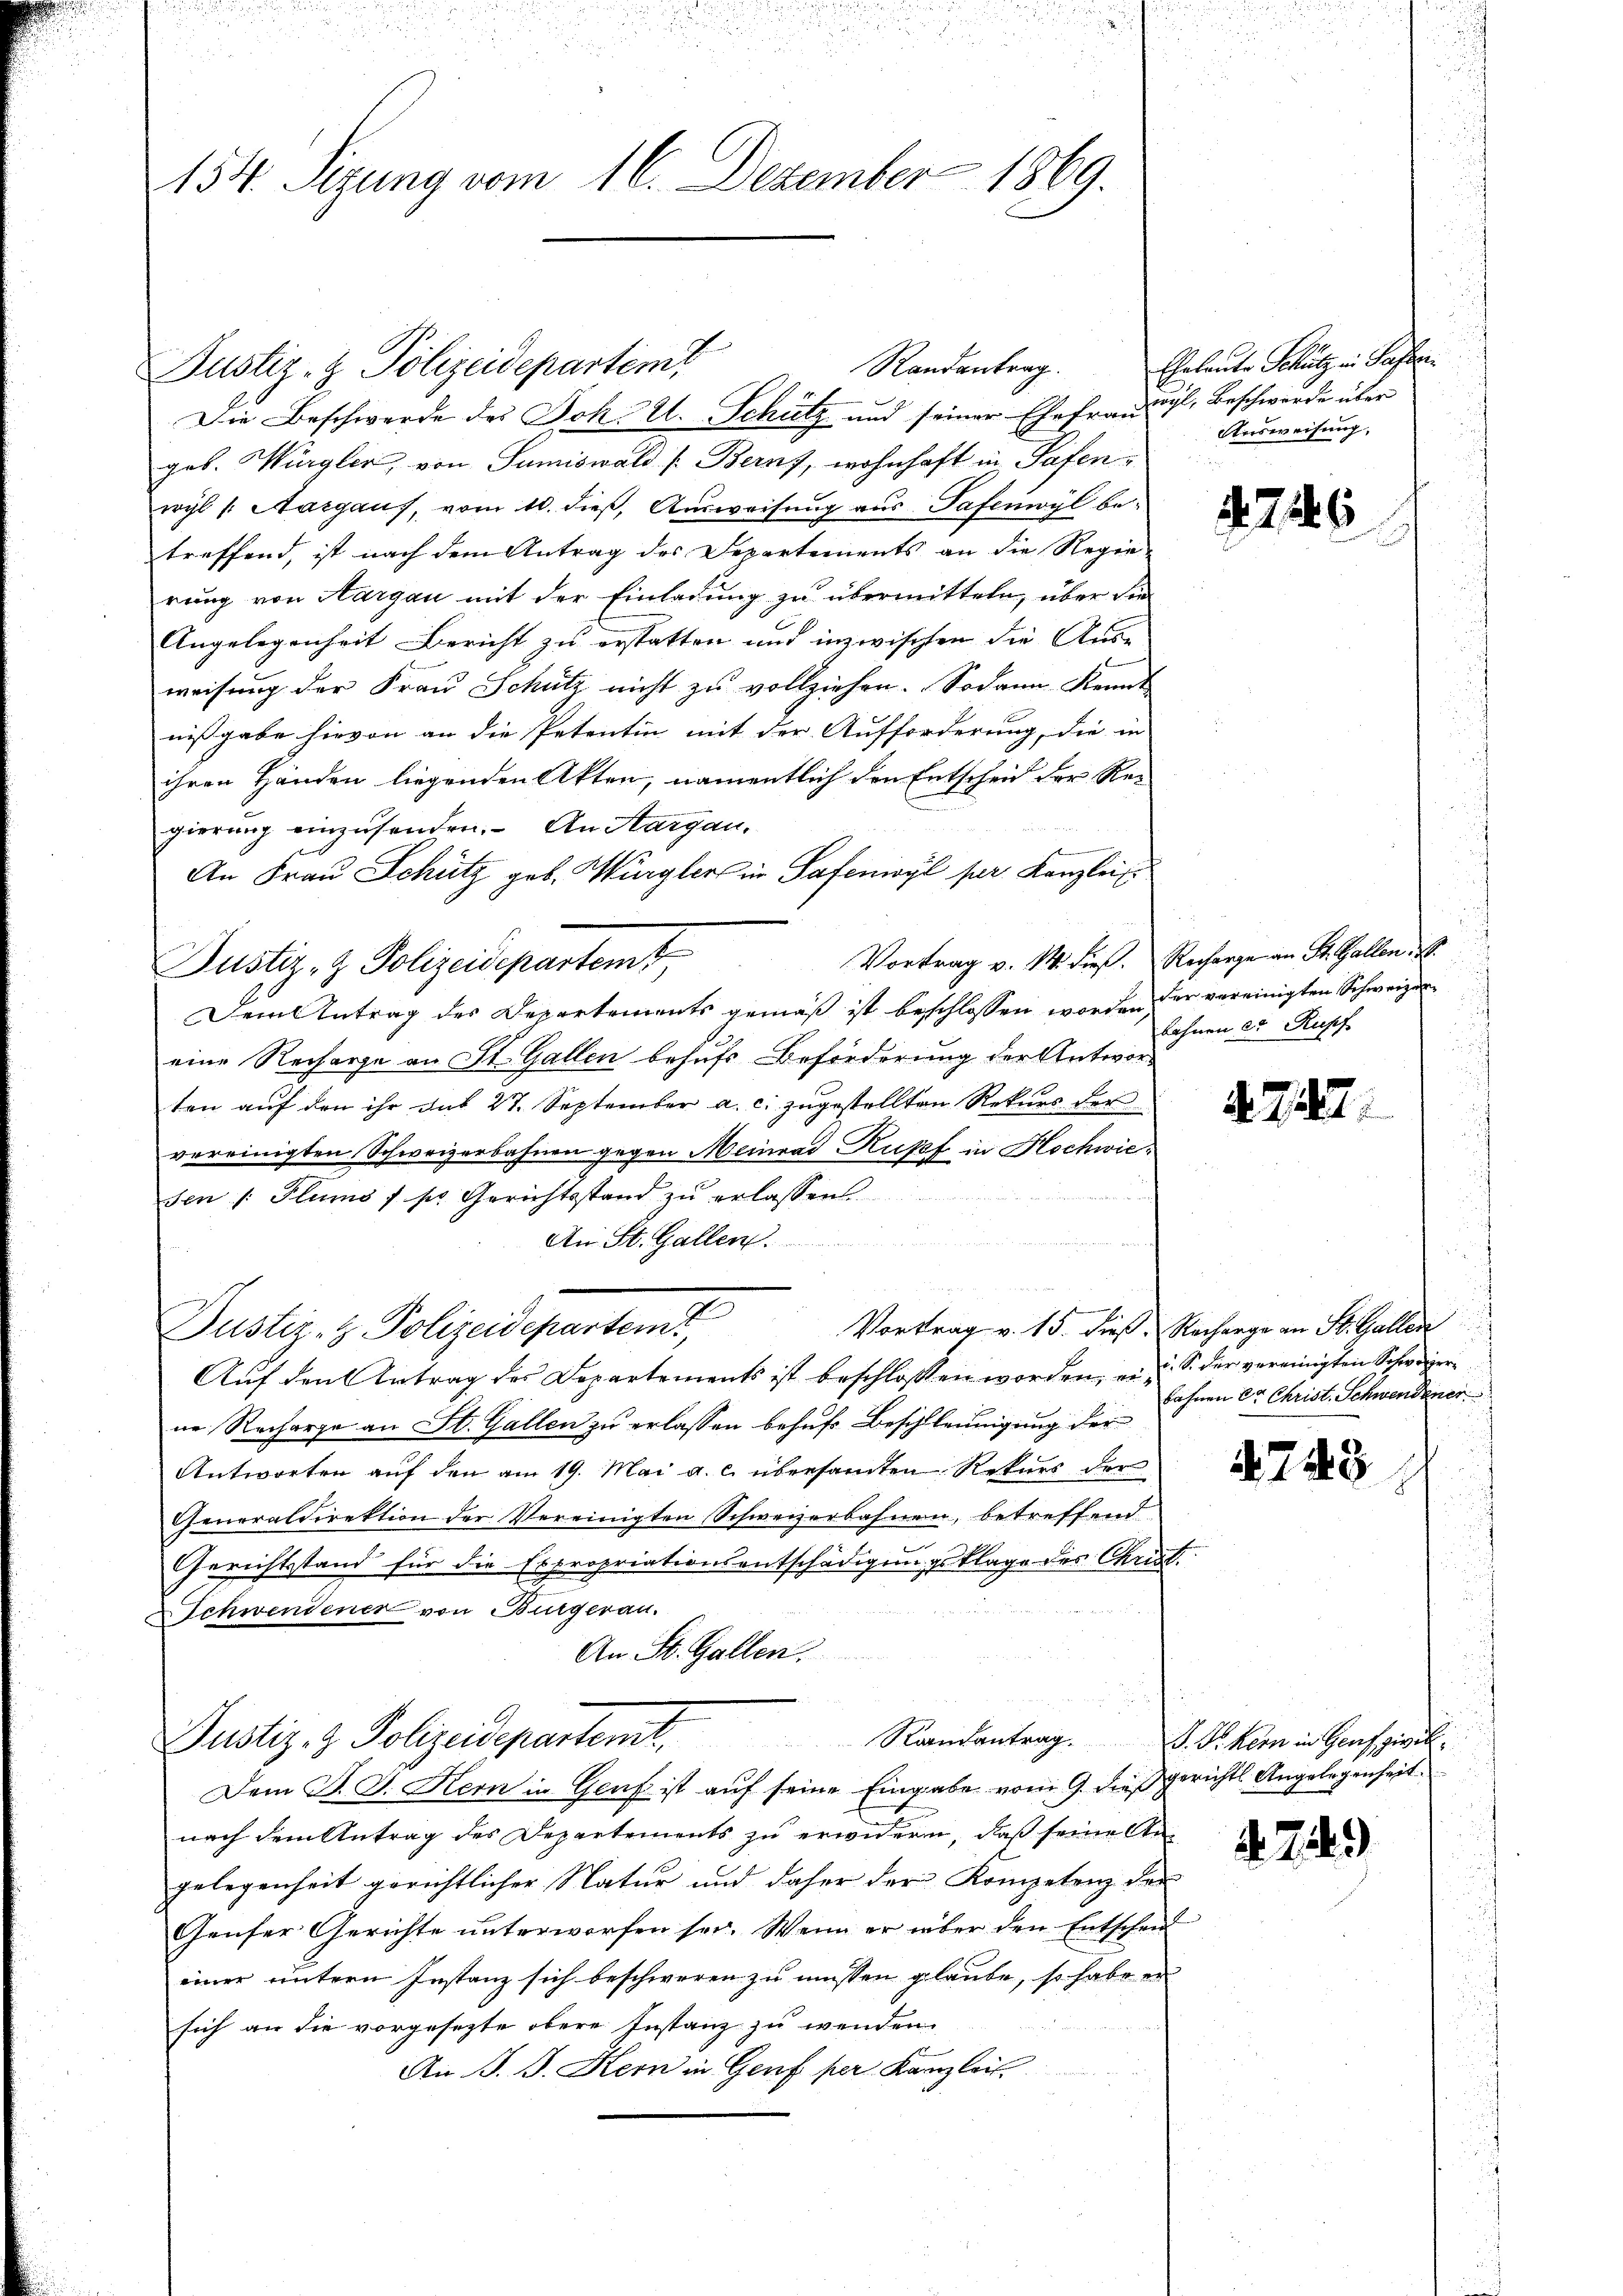
154. Sizung vom 16. Dezember 1869.

Die Beschwerde des Joh. A. Schütz und seiner Ehefraudögl, Beschwerde über
geb. Würgler, von Sumiswald [Beruf, wohnhaft in Tafenwyl 1. Aargaus, vom 10. dieß, Ausweisung aus Tafenwyl betreffend, ist nach dem Antrag des Departements an die Regie-
rung von Aargau mit der Einladung zu übermitteln, über die
Angelegenheit Bericht zu erstatten und inzwischen die Aus-
weisung der Frau Schutz nicht zu vollziehen. Sodann Kennt
nißgabe hievon an die Petentin mit der Aufforderung, die in |
ihren Händen liegenden Akten, namentlich den Entscheid der Re-
gierung einzusenden. - An Aargau.
An Frau Schütz geb. Wiegler in Safenwyl pr. Kanzlei
Justiz- & Polizeidepartemt,
Dem Antrag des Departements gemäß ist beschlossen worden der vereinigten Schweizer
eine Recharge an St. Gallen behufs Beförderung der Antwor-
ten auf den ihr dat 27. September a. c. zugestellten Rekurs der
vereinigten Schweizerbahnen gegen Meinrad Rupef in Hochwiesen /: Plumo / sr. Gerichtsstand zu erlassen
An St. Gallen.
Vortrag v. 15. dieß Nacharge an St. Gallen
Justiz- & Polizeidepartemb.
Auf den Antrag des Departements ist beschloßen worden, er z. S. der vereinigten Schweizer
ne Recharge an St. Gallen zu erlassen behufs Beschleunigung der
Antworten auf den am 19. Mai a. c. übersamten Rekurs der
Generaldirektion der Vereinigten Schweizerbahnen, betreffend
e
Gerichtstand für die Expropriationsentschädigungsklage des Chris
& Schwendener von Burgerau.
An St. Gallen.
Justiz- & Polizeidepartent.
Ramantrag. P. F. Kern in Genf zivil
Dem J. J. Hern in Genf ist auf seine Eingabe vom 9. dießnach dem Antrag des Departements zu erwidern, daß seine Angelegenheit gerichtlicher Natur und daher der Kompetenz der
Genfer Gerichte unterworfen sei. Wenn er über den Entschein
einer untern Instanz sich beschweren zu müssen glaube, so habe er
sich an die vorgesezte obere Instanz zu wenden.
An J. J. Kern in Genf per Kanzlei

Justiz- & Polizeidepartemt

Randantrag.

Eheleute Schutz in Passer
Ausweisung

Vortrag v. 14. dieß. Recharge an St. Gallen B

f

726

bahnen er Rusef
2

4. 712.

bahnen Dr Christ. Schwendener

4748

gerichts Angelegenheit

N. 754.)